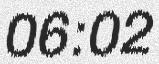
06:02